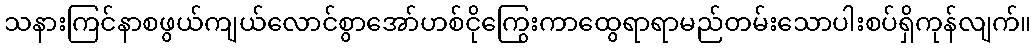
သနားကြင်နာစဖွယ်ကျယ်လောင်စွာအော်ဟစ်ငိုကြွေးကာထွေရာရာမည်တမ်းသောပါးစပ်ရှိကုန်လျက်။